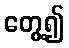
တွေ့၍